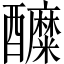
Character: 醾